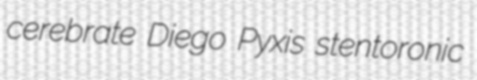
cerebrate Diego Pyxis stentoronic